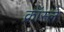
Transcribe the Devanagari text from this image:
क्रॉस्ले